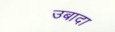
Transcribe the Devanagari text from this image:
उबादा